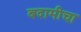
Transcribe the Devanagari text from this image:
बदामीचा